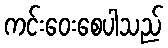
ကင်းဝေးစေပါသည်